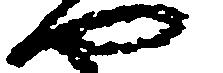
や